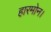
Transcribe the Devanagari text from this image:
हारमोन।